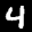
Label: 4